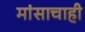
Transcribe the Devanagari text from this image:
मांसाचाही